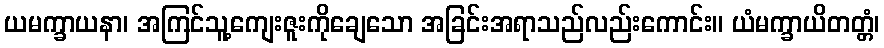
ယမက္ခာယနာ၊ အကြင်သူ့ကျေးဇူးကိုချေသော အခြင်းအရာသည်လည်းကောင်း။ ယံမက္ခာယိတတ္တံ၊